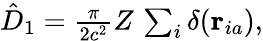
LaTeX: \begin{array}{r}{\hat{D}_{1}=\frac{\pi}{2c^{2}}Z\, \sum_{i}\delta(\textbf{r}_{ia}),}\end{array}